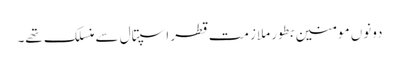
دونوں مومنین بطور ملازمت قطر اسپتال سے منسلک تھے۔